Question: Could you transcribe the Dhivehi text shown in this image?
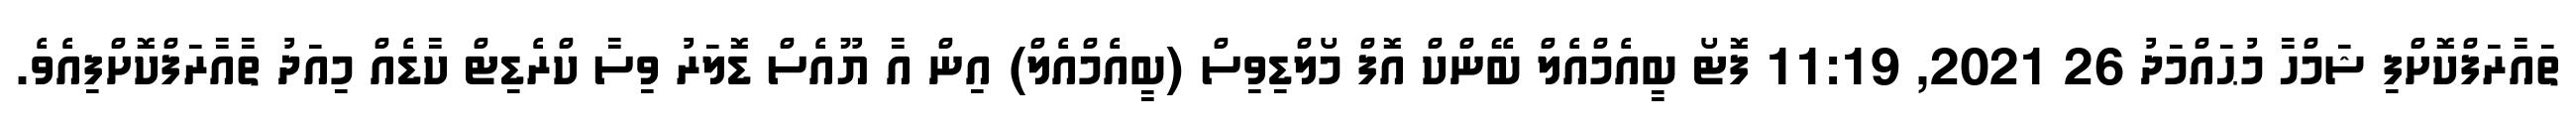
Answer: ތައާރަފްކޮށްފި ޝަމްހާ މުޙައްމަދު 26 2021, 11:19 ފޮޓޯ ބީއެމްއެލް ބޭންކް އޮފް މޯލްޑިވިސް (ބީއެމްއެލް) އިން އާ ޔޫއެސް ޑޮލަރު ވިސާ ކްރެޑިޓް ކާޑެއް މިއަދު ތާއާރަފްކޮށްފިއެވެ.